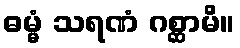
ဓမ္မံ သရဏံ ဂစ္ဆာမိ။